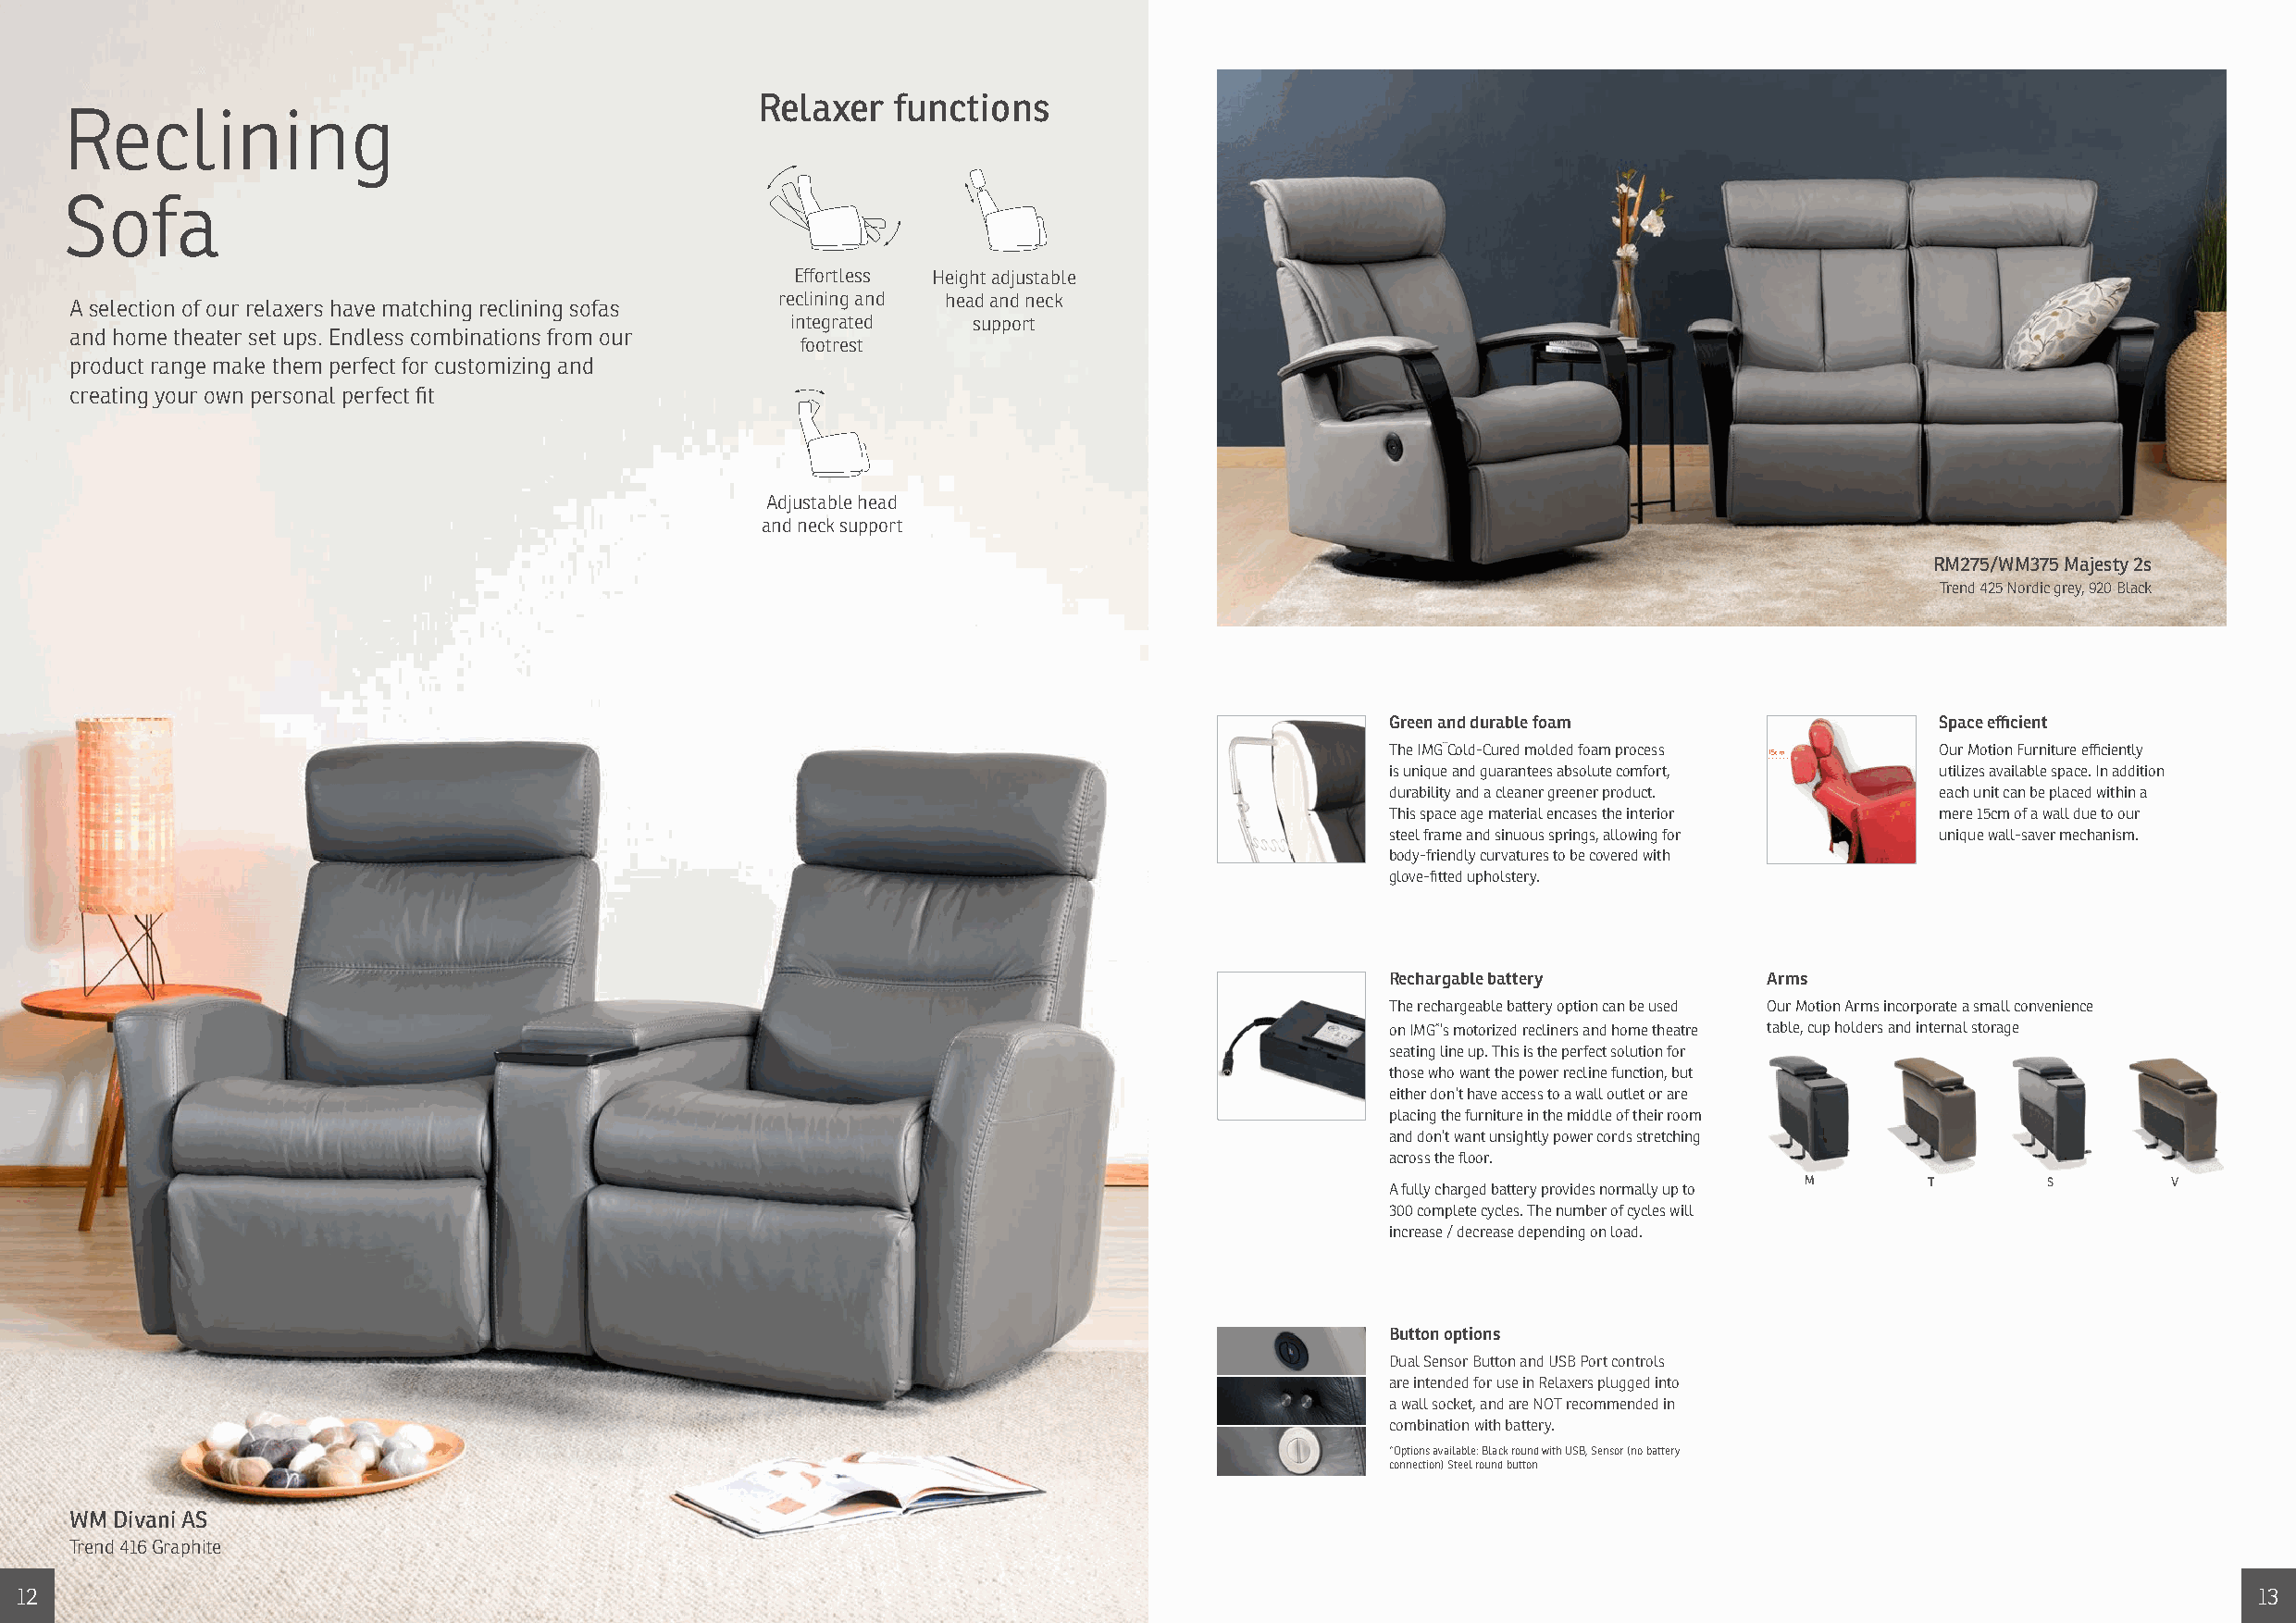
Relaxer   functions
 Reclining
 Sofa
 Effortless Height adjustable
 reclining and head and neck
 A selection of our relaxers have matching reclining sofas
 integrated   support
 and home theater set ups. Endless combinations from our
 footrest
 product range make them perfect for customizing and
 creating your own personal perfect fit
 Adjustable head
 and neck support
 RM275/WM375 Majesty 2s
 Trend 425 Nordic grey, 920 Black
 Green and durable foam                  Space efficient
 The IMG Cold-Cured molded foam process  Our Motion Furniture efficiently
 15cm
 is unique and guarantees absolute comfort, utilizes available space. In addition
 durability and a cleaner greener product. each unit can be placed within a
 This space age material encases the interior mere 15cm of a wall due to our
 steel frame and sinuous springs, allowing for unique wall-saver mechanism.
 body-friendly curvatures to be covered with
 glove-fitted upholstery.
 Rechargable battery        Arms
 The rechargeable battery option can be used Our Motion Arms incorporate a small convenience
 on IMG ’s motorized recliners and home theatre table, cup holders and internal storage
 seating line up. This is the perfect solution for
 those who want the power recline function, but
 either don’t have access to a wall outlet or are
 placing the furniture in the middle of their room
 and don’t want unsightly power cords stretching
 across the floor.
 M        T       S        V
 A fully charged battery provides normally up to
 300 complete cycles. The number of cycles will
 increase / decrease depending on load.
 Button options
 Dual Sensor Button and USB Port controls
 are intended for use in Relaxers plugged into
 a wall socket, and are NOT recommended in
 combination with battery.
 *Options available: Black round with USB, Sensor (no battery
 connection) Steel round button
 WM Divani AS
 Trend 416 Graphite
 12                                                                                                                                                               13